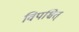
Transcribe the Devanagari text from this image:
विपश्चित्‌